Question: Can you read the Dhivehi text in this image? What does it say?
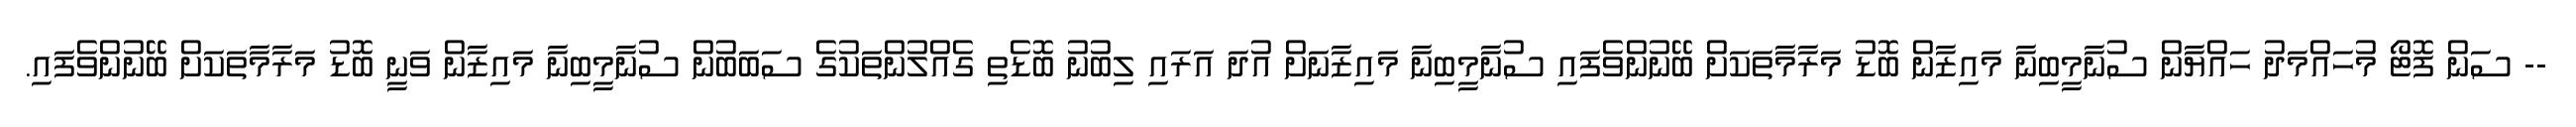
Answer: -- ސަން ފޮޓޯ މުހައްމަދު ހައްޔާން ސުނާމީބިނާ މައިޒާން ބޮޑު މަރާމާތަކަށް ބޭނުންވެފައި ސުނާމީބިނާ މައިޒާނަށް އުދަ އަރައި ލިބުނު ބޮޑެތި ގެއްލުންތަކުގެ ސަބަބުން ސުނާމީބިނާ މައިޒާން ވަނީ ބޮޑު މަރާމާތަކަށް ބޭނުންވެފައި.